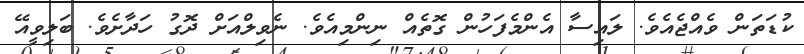
ކުޑަތަން ވެއްޖެއެވެ. ލައިސާ އެންމެފަހުން ގޮތެއް ނިންމިއެވެ. ނެވިލްއަށް ދޮގު ހަދާށެވެ. ބަލިވީއޭ